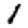
Digit: 1